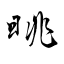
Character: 晀